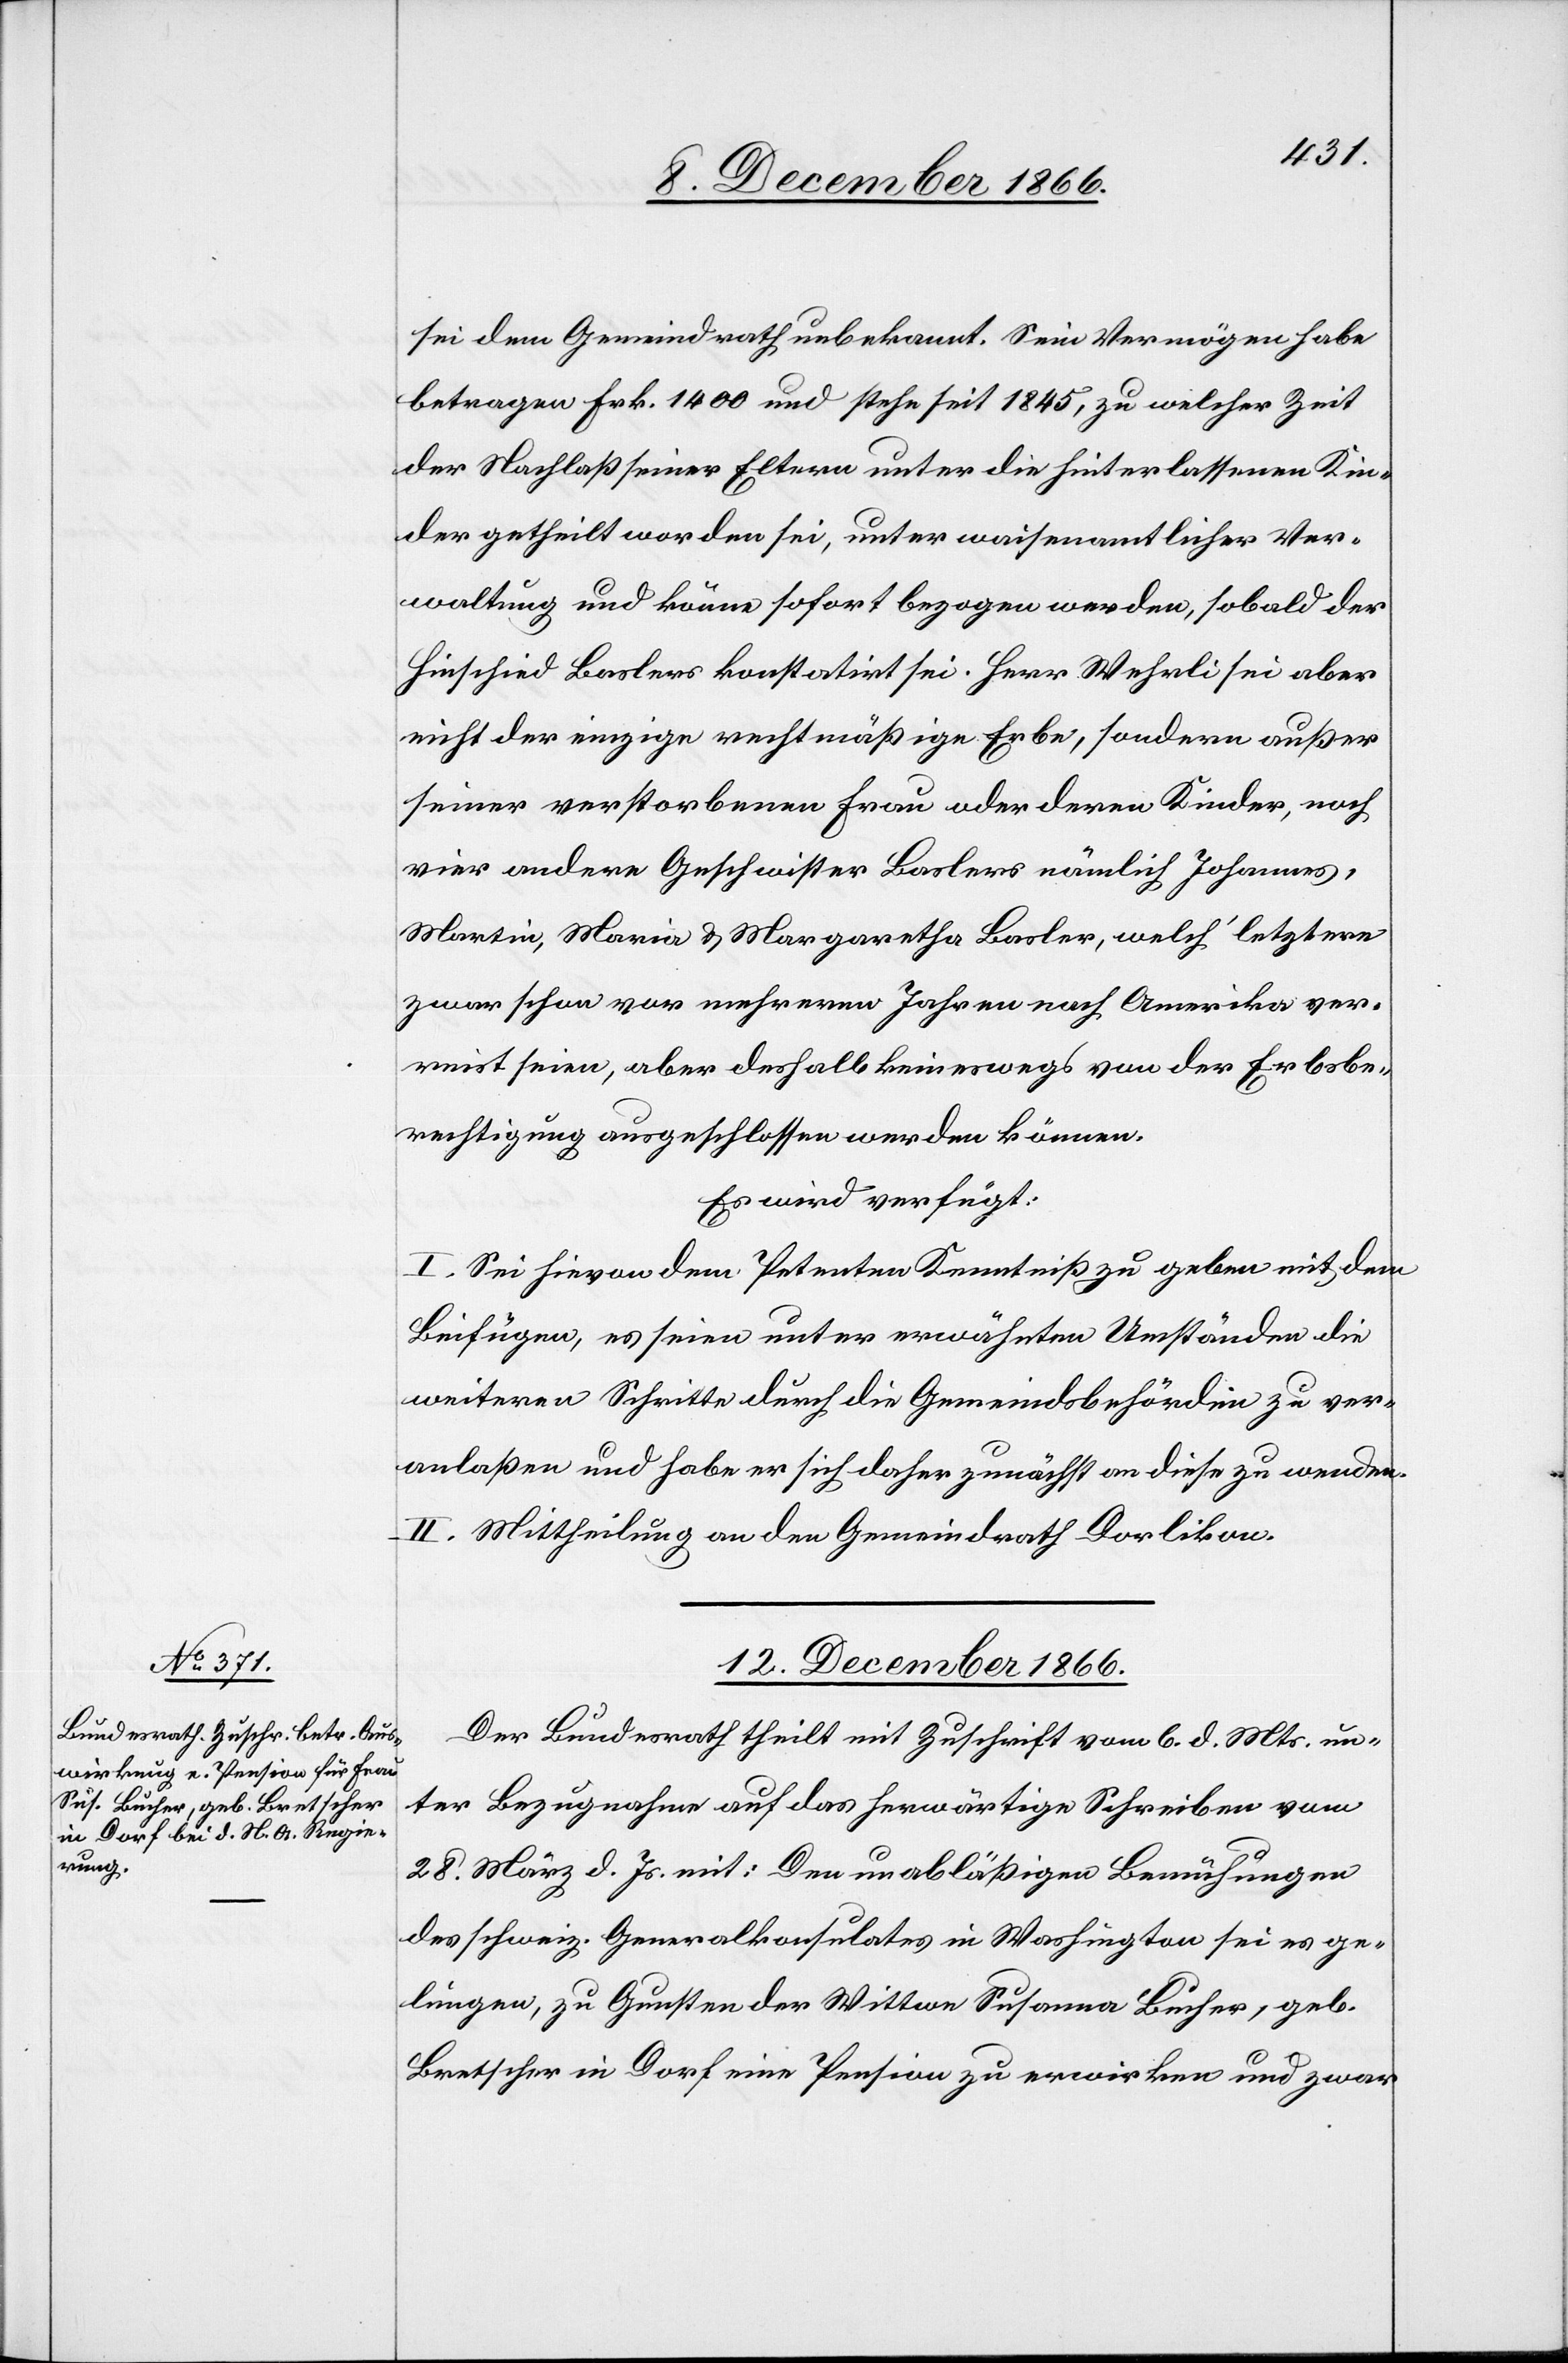
sei dem Gemeindrath unbekannt. Sein Vermögen habe
betragen Frk. 1400 und stehe seit 1845, zu welcher Zeit
der Nachlaß seiner Eltern unter die hinterlassenen Kin¬
der getheilt worden sei, unter waisenamtlicher Ver¬
waltung und könne sofort bezogen werden, sobald der
Hinschied Baslers konstatirt sei. Herr Wehrli sei aber
nicht der einzige rechtmäßige Erbe, sondern außer
seiner verstorbenen Frau oder deren Kinder, noch
vier andere Geschwister Baslers nämlich Johannes,
Martin, Maria & Margaretha Basler, welch‘ letztere
zwar schon vor mehreren Jahren nach Amerika ver¬
reist seien, aber deshalb keineswegs von der Erbsbe¬
rechtigung ausgeschlossen werden können.
Es wird verfügt:
I. Sei hievon dem Petenten Kenntniß zu geben mit dem
Beifügen, es seien unter erwähnten Umständen die
weiteren Schritte durch die Gemeindsbehörden zu ver¬
anlaßen und habe er sich daher zunächst an diese zu wenden.
II. Mittheilung an den Gemeindrath Dorlikon.
12. December 1866.
Der Bundesrath theilt mit Zuschrift vom 6. d. Mts. un¬
ter Bezugnahme auf das herwärtige Schreiben vom
28. März d. Js. mit: Den unabläßigen Bemühungen
des schweiz. Generalkonsulates in Washington sei es ge¬
lungen, zu Gunsten der Wittwe Susanna Bucher, geb.
Bretscher in Dorf eine Pension zu erwirken und zwar